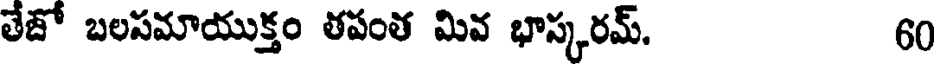
తేజో బలసమాయుక్తం తపంత మివ భాస్కరమ్. 60